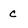
Character: c